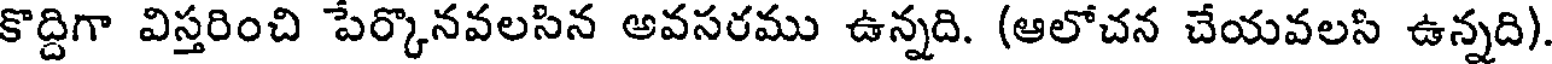
కొద్దిగా విస్తరించి పేర్కొనవలసిన అవసరము ఉన్నది. (ఆలోచన చేయవలసి ఉన్నది)